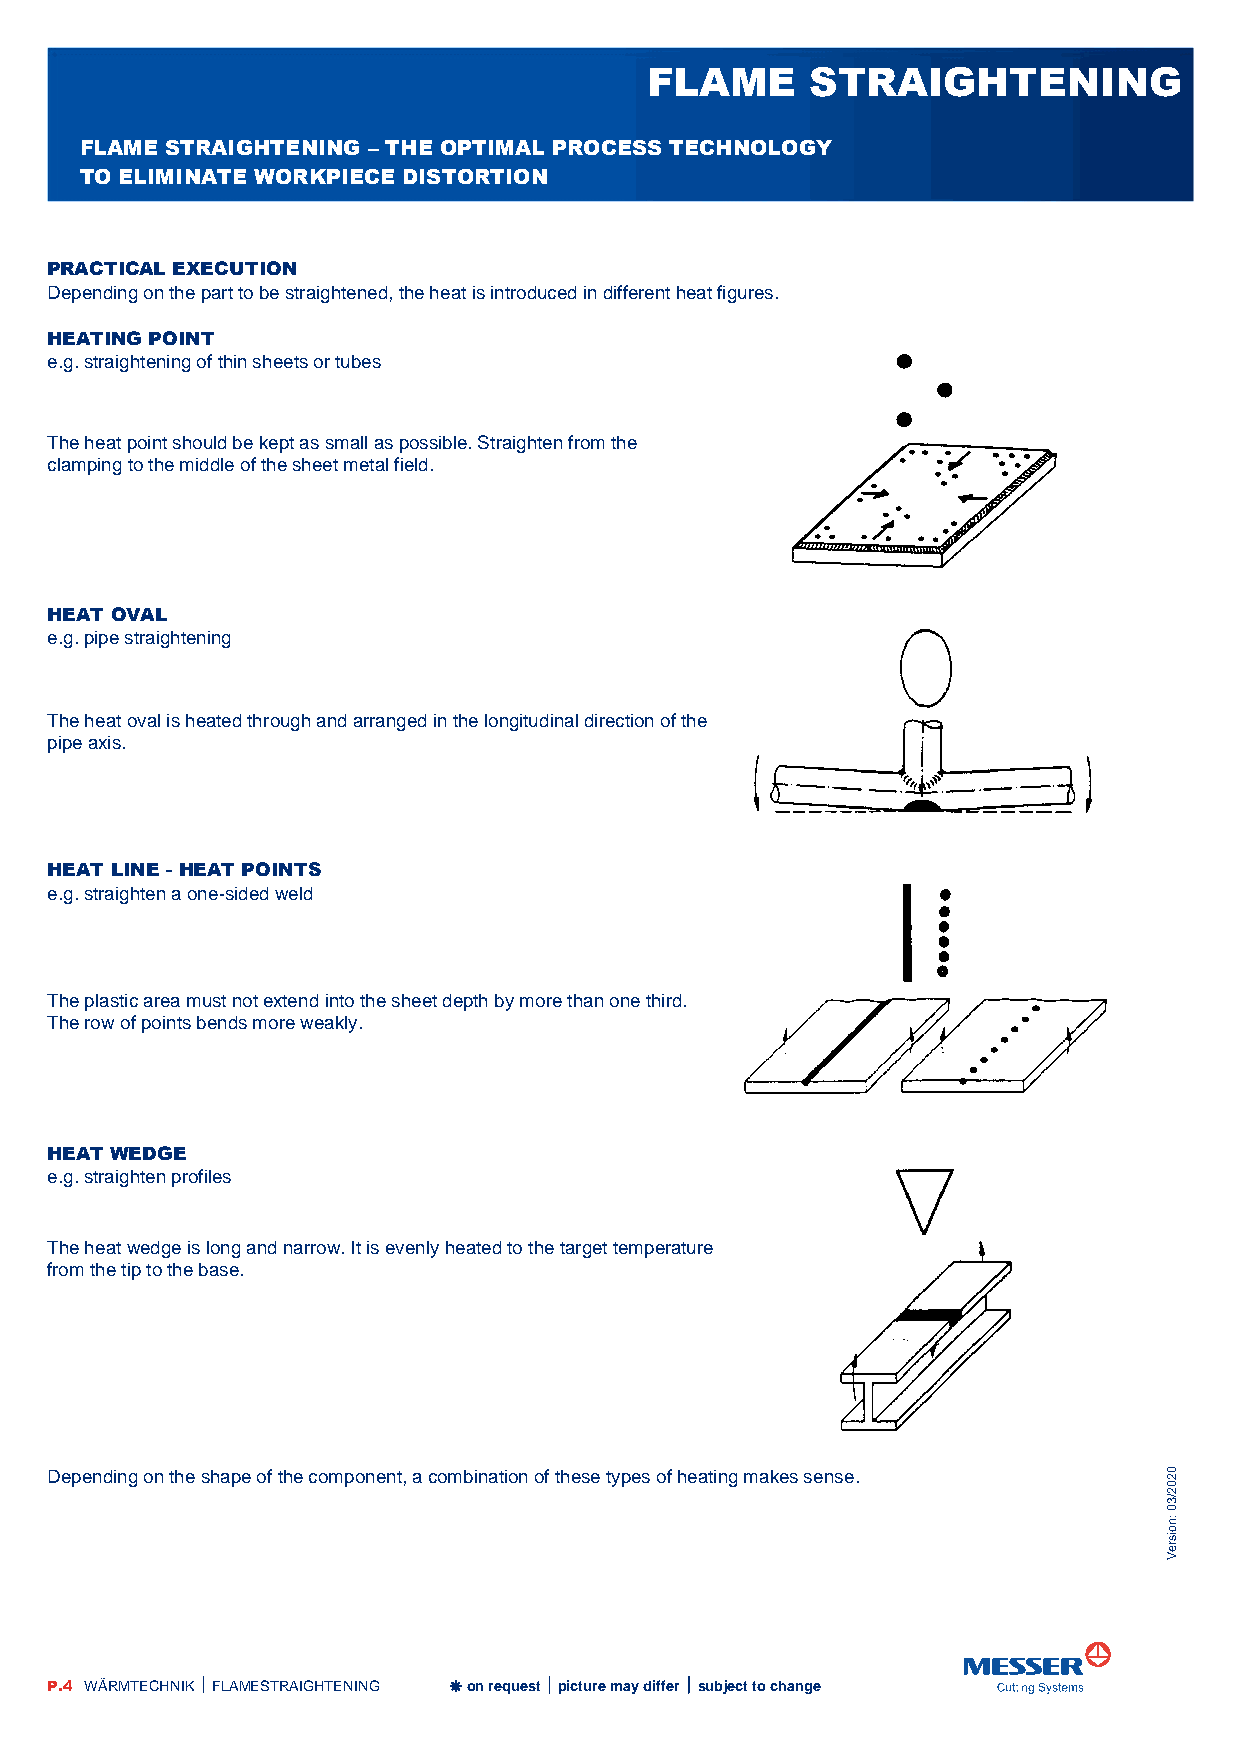
FLAME      STRAIGHTENING
 FLAME STRAIGHTENING – THE OPTIMAL PROCESS TECHNOLOGY
 TO ELIMINATE WORKPIECE DISTORTION
 PRACTICAL EXECUTION
 Depending on the part to be straightened, the heat is introduced in different heat figures.
 HEATING POINT
 e.g. straightening of thin sheets or tubes
 The heat point should be kept as small as possible. Straighten from the
 clamping to the middle of the sheet metal field.
 HEAT OVAL
 e.g. pipe straightening
 The heat oval is heated through and arranged in the longitudinal direction of the
 pipe axis.
 HEAT LINE - HEAT POINTS
 e.g. straighten a one-sided weld
 The plastic area must not extend into the sheet depth by more than one third.
 The row of points bends more weakly.
 HEAT WEDGE
 e.g. straighten profiles
 The heat wedge is long and narrow. It is evenly heated to the target temperature
 from the tip to the base.
 Depending on the shape of the component, a combination of these types of heating makes sense. 20
 0
 2
 3/
 0
 n:
 o
 si
 er
 V
 P.4 WÄRMTECHNIK  FLAMESTRAIGHTENING  on request  picture may differ  subject to change